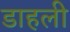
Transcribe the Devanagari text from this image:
डाहली